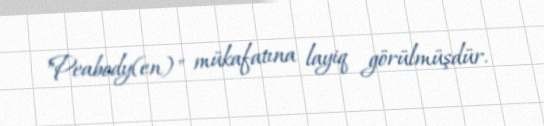
"Peabody(en)" mükafatına layiq görülmüşdür.